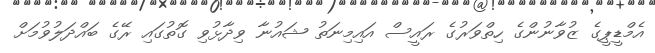
އެމްޑީޕީގެ ޒުވާނުންގެ ހިތްވަރުގެ ރައީސް އައިމިނަތު ޝައުނާ ވިދާޅުވި ގޮތުގައި ރޭގެ ބައްދަލުވުމަށް